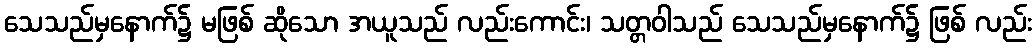
သေသည်မှနောက်၌ မဖြစ် ဆိုသော အယူသည် လည်းကောင်း၊ သတ္တဝါသည် သေသည်မှနောက်၌ ဖြစ် လည်း